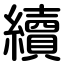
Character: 續